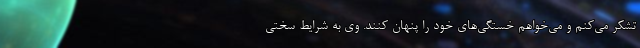
تشکر می‌کنم و می‌خواهم خستگی‌های خود را پنهان کنند. وی به شرایط سختی